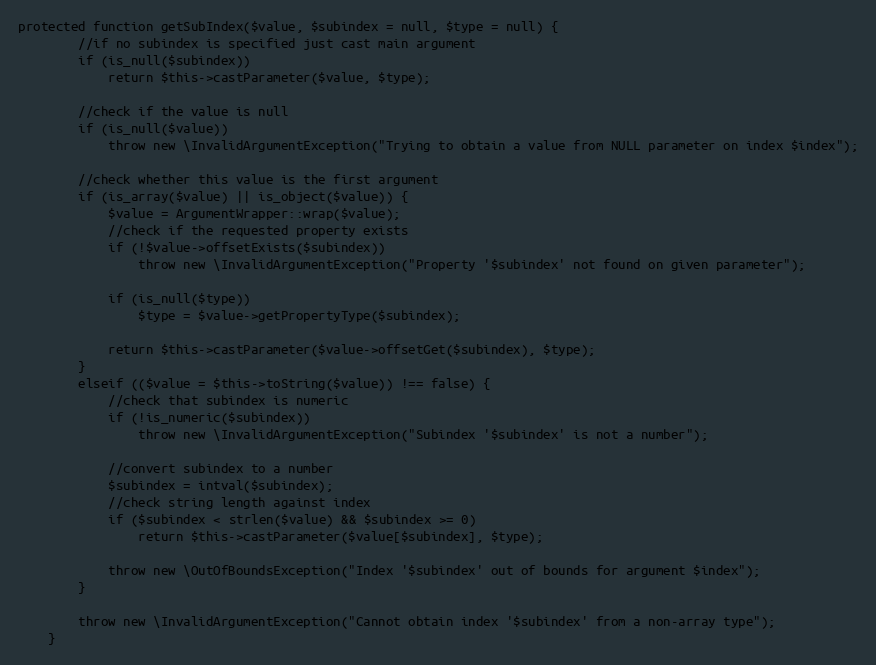
Language: PHP
protected function getSubIndex($value, $subindex = null, $type = null) {
		//if no subindex is specified just cast main argument
		if (is_null($subindex))
			return $this->castParameter($value, $type);

		//check if the value is null
		if (is_null($value))
			throw new \InvalidArgumentException("Trying to obtain a value from NULL parameter on index $index");

		//check whether this value is the first argument
		if (is_array($value) || is_object($value)) {
			$value = ArgumentWrapper::wrap($value);
			//check if the requested property exists
			if (!$value->offsetExists($subindex))
				throw new \InvalidArgumentException("Property '$subindex' not found on given parameter");

			if (is_null($type))
				$type = $value->getPropertyType($subindex);

			return $this->castParameter($value->offsetGet($subindex), $type);
		}
		elseif (($value = $this->toString($value)) !== false) {
			//check that subindex is numeric
			if (!is_numeric($subindex))
				throw new \InvalidArgumentException("Subindex '$subindex' is not a number");

			//convert subindex to a number
			$subindex = intval($subindex);
			//check string length against index
			if ($subindex < strlen($value) && $subindex >= 0)
				return $this->castParameter($value[$subindex], $type);

			throw new \OutOfBoundsException("Index '$subindex' out of bounds for argument $index");
		}

		throw new \InvalidArgumentException("Cannot obtain index '$subindex' from a non-array type");
	}